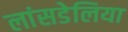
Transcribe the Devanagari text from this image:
लांसडेलिया